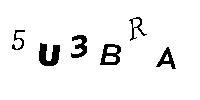
5U3BRA